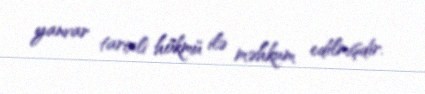
yanvar tarixli hökmü ilə məhkum edilmişdir.